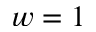
w = 1